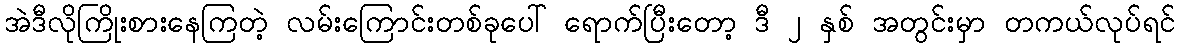
အဲဒီလိုကြိုးစားနေကြတဲ့ လမ်းကြောင်းတစ်ခုပေါ် ရောက်ပြီးတော့ ဒီ ၂ နှစ် အတွင်းမှာ တကယ်လုပ်ရင်